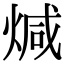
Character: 煘